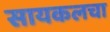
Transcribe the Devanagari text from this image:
सायकलचा